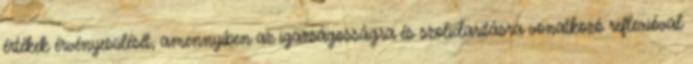
értékek érvényesülését, amennyiben az igazságosságra és szolidaritásra vonatkozó reflexióval